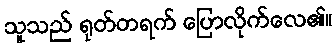
သူသည် ရုတ်တရက် ပြောလိုက်လေ၏။